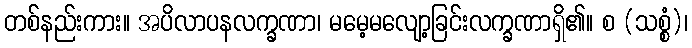
တစ်နည်းကား။ အပိလာပနလက္ခဏာ၊ မမေ့မလျော့ခြင်းလက္ခဏာရှိ၏။ စ (သစ္စံ)၊